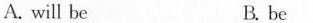
A. will be B. be